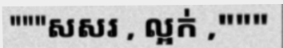
"""សសរ , ល្អក់ ,"""